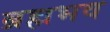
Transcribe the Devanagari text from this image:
ब्रह्मभव